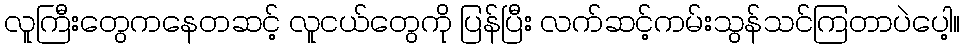
လူကြီးတွေကနေတဆင့် လူငယ်တွေကို ပြန်ပြီး လက်ဆင့်ကမ်းသွန်သင်ကြတာပဲပေါ့။